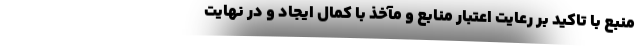
منبع با تاکید بر رعایت اعتبار منابع و مآخذ با کمال ایجاد و در نهایت